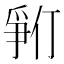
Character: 𪺓